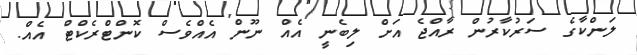
ލަންކާގެ ސަރުކާރުން ރާއްޖެ އަށް ލިބެނީ އެއް ނޫން އެއްވެސް ކޮންޓްރެކްޓް އެއް.